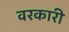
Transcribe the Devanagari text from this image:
वरकारी